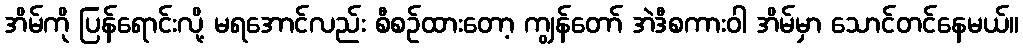
အိမ်ကို ပြန်ရောင်းလို့ မရအောင်လည်း စီစဉ်ထားတော့ ကျွန်တော် အဲဒီစကားဝါ အိမ်မှာ သောင်တင်နေမယ်။